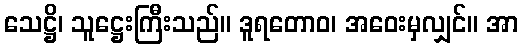
သေဋ္ဌိ၊ သူဋ္ဌေးကြီးသည်။ ဒူရတောဝ၊ အဝေးမှလျှင်။ အာ